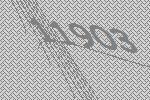
11903